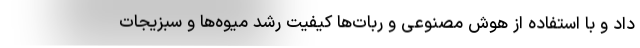
داد و با استفاده از هوش مصنوعی و ربات‌ها کیفیت رشد میوه‌ها و سبزیجات